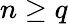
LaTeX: n\geq q